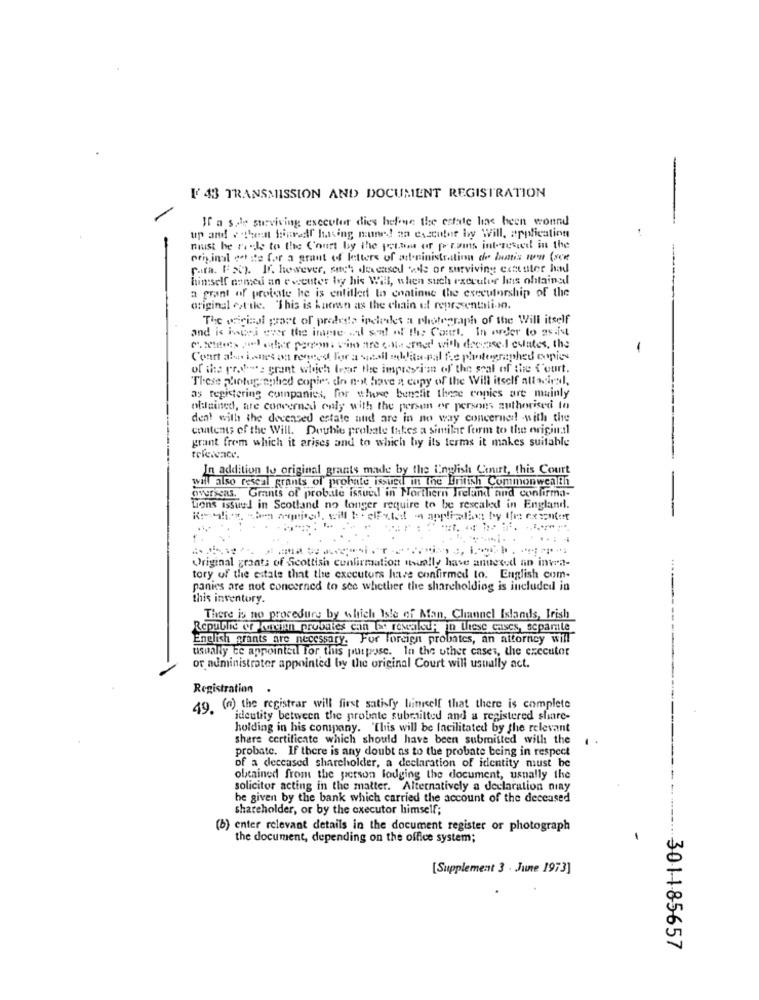
[' 43 TRANSMISSION AND DOCUMENT REGISTRATION
If a side surviving executer dies hefone the estate has been wonnd
up and # theat tinneff having mune! an esecuber by Will, application
must be raul to the Court by the jetam of prams interested in the
original det ste for a grant of letters of art.ninistration de luatis non (sce
para. FSC). If. however, such dencased wels or surviving extrater had
himself nomed an e venter boy his Will, when such executer heis obtained
a grant of probate he is entitled to continue the executorship of the
original est-ile. "This is kaensn as the chain of representali-m.
The original part of predess ipeledes a photograph of the Will itself
and is impri ever the imme wil seal of the Court, In order to assist
c.settes jel other person. vim are conasmed with deepse-l culates, the
-
Court aby Lonet og renecot for a spell culliteral fe photographed copies
of the rr.v: grant which terar Hre impresei'm of' the seal of the Court.
These photographed copies do not have a copy of the Will itself alladiral.
as registering companies, for whose benefit these copies are mainly
obtained, are concerned only with the person or persons authorised to
den! with the decensed estate nud are in no way concerned! - with the
contents of the Will. Double probate takes a similar form to the origin:11
grant from which it arises and to which by its terms it makes suitable
In addition to original grants made by the English Conurt, this Court
will also reseal grants of probate issued in the British Commonwealth
SWISSas. Grants of probaile issued in Northern Ireland and confirma-
tions issued in Scotland no longer require to be rescaled in England.
-
Original grants of Scottish confirmation usually have annexed an intra-
tory of the estate that the executors have confirmed to. English com-
panies are not concerned to see whether the shareholding is included in
this inventory.
There is no procedury by which Isle of Man, Channel Islands, Irish
Reputhe er kungen probates can Ias revealed in these cases, separle
English grants are necessary. For Foreign probates, an attorney will
usually te appointed for this purpose. In the other cases, the executor
or administrator appointed by the original Court will usually act.
Registration
49. (n) the registrar will first satisfy himself that there is complete
identity between the probate submitted and a registered share-
holding in his company. "This will be facilitated by the relevant
share certificate which should have been submitted with the
probate. If there is any doubt as to the probate being in respect
of a deceased shareholder, a declaration of identity must be
obtained from the person lodging the document, usually the
solicitor acting in the matter. Alternatively a declaration niny
be given by the bank which carried the account of the deceased
shareholder, or by the executor himself;
(b) enter relevant details in the document register or photograph
the document, depending on the office system;
[Supplement 3 . June 1973]
... 301185657